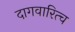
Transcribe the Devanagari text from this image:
दागवारित्च